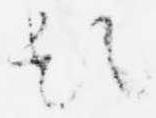
題